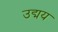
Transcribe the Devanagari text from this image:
उद्मय